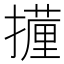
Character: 𭢧